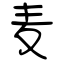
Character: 麦